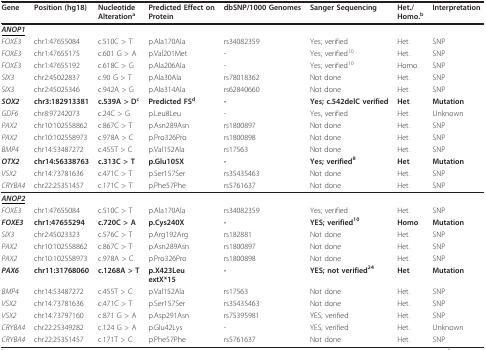
<table><thead><tr><td><b>Gene</b></td><td><b>Position (hg18)</b></td><td><b>NucleotideAlteration<sup>a</sup></b></td><td><b>Predicted Effect onProtein</b></td><td><b>dbSNP/1000 Genomes</b></td><td><b>Sanger Sequencing</b></td><td><b>Het./Homo.<sup>b</sup></b></td><td><b>Interpretation</b></td></tr></thead><tbody><tr><td><underline><b><i>ANOP1</i></b></underline></td><td></td><td></td><td></td><td></td><td></td><td></td><td></td></tr><tr><td><i>FOXE3</i></td><td>chr1:47655084</td><td>c.510C &gt; T</td><td>p.Ala170Ala</td><td>rs34082359</td><td>Yes; verified</td><td>Het.</td><td>SNP</td></tr><tr><td><i>FOXE3</i></td><td>chr1:47655175</td><td>c.601 G &gt; A</td><td>p.Val201Met</td><td>-</td><td>Yes; verified<sup>10</sup></td><td>Het.</td><td>SNP</td></tr><tr><td><i>FOXE3</i></td><td>chr1:47655192</td><td>c.618C &gt; G</td><td>p.Ala206Ala</td><td>-</td><td>Yes; verified<sup>10</sup></td><td>Homo.</td><td>SNP</td></tr><tr><td><i>SIX3</i></td><td>chr2:45022837</td><td>c.90 G &gt; T</td><td>p.Ala30Ala</td><td>rs78018362</td><td>Not done</td><td>Het.</td><td>SNP</td></tr><tr><td><i>SIX3</i></td><td>chr2:45025346</td><td>c.942A &gt; G</td><td>p.Ala314Ala</td><td>rs62840660</td><td>Not done</td><td>Het.</td><td>SNP</td></tr><tr><td><b><i>SOX2</i></b></td><td><b>chr3:182913381</b></td><td><b>c.539A &gt; D<sup>c</sup></b></td><td><b>Predicted FS<sup>d</sup></b></td><td><b>-</b></td><td><b>Yes; c.542delC verified</b></td><td><b>Het</b>.</td><td><b>Mutation</b></td></tr><tr><td><i>GDF6</i></td><td>chr8:97242073</td><td>c.24C &gt; G</td><td>p.Leu8Leu</td><td>-</td><td>Yes, verified</td><td>Het.</td><td>Unknown</td></tr><tr><td><i>PAX2</i></td><td>chr10:102558862</td><td>c.867C &gt; T</td><td>p.Asn289Asn</td><td>rs1800897</td><td>Not done</td><td>Het.</td><td>SNP</td></tr><tr><td><i>PAX2</i></td><td>chr10:102558973</td><td>c.978A &gt; C</td><td>p.Pro326Pro</td><td>rs1800898</td><td>Not done</td><td>Het.</td><td>SNP</td></tr><tr><td><i>BMP4</i></td><td>chr14:53487272</td><td>c.455T &gt; C</td><td>p.Val152Ala</td><td>rs17563</td><td>Not done</td><td>Het.</td><td>SNP</td></tr><tr><td><b><i>OTX2</i></b></td><td><b>chr14:56338763</b></td><td><b>c.313C &gt; T</b></td><td><b>p.Glu105X</b></td><td><b>-</b></td><td><b>Yes; verified<sup>8</sup></b></td><td><b>Het</b>.</td><td><b>Mutation</b></td></tr><tr><td><i>VSX2</i></td><td>chr14:73781636</td><td>c.471C &gt; T</td><td>p.Ser157Ser</td><td>rs35435463</td><td>Not done</td><td>Het.</td><td>SNP</td></tr><tr><td><i>CRYBA4</i></td><td>chr22:25351457</td><td>c.171C &gt; T</td><td>p.Phe57Phe</td><td>rs5761637</td><td>Not done</td><td>Het.</td><td>SNP</td></tr><tr><td><underline><b><i>ANOP2</i></b></underline></td><td></td><td></td><td></td><td></td><td></td><td></td><td></td></tr><tr><td><i>FOXE3</i></td><td>chr1:47655084</td><td>c.510C &gt; T</td><td>p.Ala170Ala</td><td>rs34082359</td><td>Yes; verified</td><td>Het.</td><td>SNP</td></tr><tr><td><b><i>FOXE3</i></b></td><td><b>chr1:47655294</b></td><td><b>c.720C &gt; A</b></td><td><b>p.Cys240X</b></td><td><b>-</b></td><td><b>YES; verified<sup>10</sup></b></td><td><b>Homo</b>.</td><td><b>Mutation</b></td></tr><tr><td><i>SIX3</i></td><td>chr2:45023323</td><td>c.576C &gt; T</td><td>p.Arg192Arg</td><td>rs182881</td><td>Not done</td><td>Het.</td><td>SNP</td></tr><tr><td><i>PAX2</i></td><td>chr10:102558862</td><td>c.867C &gt; T</td><td>p.Asn289Asn</td><td>rs1800897</td><td>Not done</td><td>Het.</td><td>SNP</td></tr><tr><td><i>PAX2</i></td><td>chr10:102558973</td><td>c.978A &gt; C</td><td>p.Pro326Pro</td><td>rs1800898</td><td>Not done</td><td>Het.</td><td>SNP</td></tr><tr><td><b><i>PAX6</i></b></td><td><b>chr11:31768060</b></td><td><b>c.1268A &gt; T</b></td><td><b>p.X423Leu</b><b>extX*15</b></td><td><b>-</b></td><td><b>YES; not verified<sup>24</sup></b></td><td><b>Het</b>.</td><td><b>Mutation</b></td></tr><tr><td><i>BMP4</i></td><td>chr14:53487272</td><td>c.455T &gt; C</td><td>p.Val152Ala</td><td>rs17563</td><td>Not done</td><td>Het.</td><td>SNP</td></tr><tr><td><i>VSX2</i></td><td>chr14:73781636</td><td>c.471C &gt; T</td><td>p.Ser157Ser</td><td>rs35435463</td><td>Not done</td><td>Het.</td><td>SNP</td></tr><tr><td><i>VSX2</i></td><td>chr14:73797160</td><td>c.871 G &gt; A</td><td>p.Asp291Asn</td><td>rs75395981</td><td>YES; verified</td><td>Het.</td><td>SNP</td></tr><tr><td><i>CRYBA4</i></td><td>chr22:25349282</td><td>c.124 G &gt; A</td><td>p.Glu42Lys</td><td>-</td><td>YES; verified</td><td>Het.</td><td>Unknown</td></tr><tr><td><i>CRYBA4</i></td><td>chr22:25351457</td><td>c.171T &gt; C</td><td>p.Phe57Phe</td><td>rs5761637</td><td>Not done</td><td>Het.</td><td>SNP</td></tr></tbody></table>